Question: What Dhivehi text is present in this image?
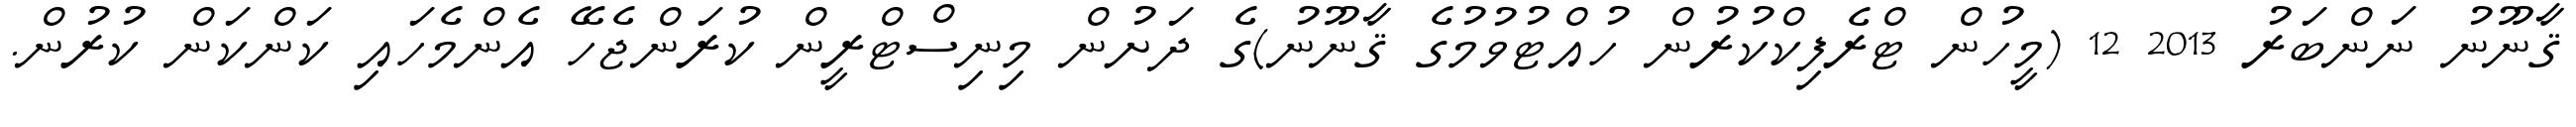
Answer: ޤާނޫނު ނަންބަރު 2013 12 (މީހުން ޓްރެފިކްކުރުން ހުއްޓުވުމުގެ ޤާނޫނު)ގެ ދަށުން މިނިސްޓްރީން ކުރަންޖެހޭ އެންމެހައި ކަންކަން ކުރުން.